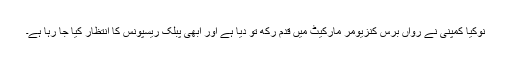
نوکیا کمپنی نے رواں برس کنزیومر مارکیٹ میں قدم رکھ تو دیا ہے اور ابھی پبلک ریسپونس کا انتظار کیا جا رہا ہے۔